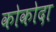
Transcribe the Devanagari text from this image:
कोकोदा